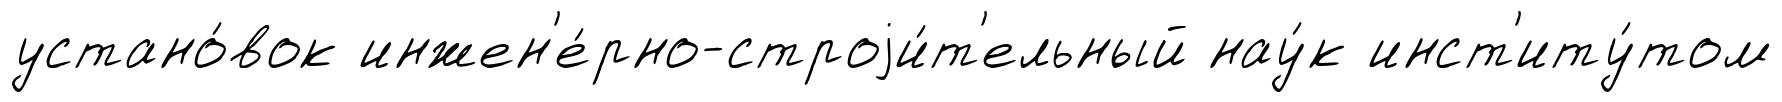
устано́вок инжен'е́рно-строjи́т'ельный нау́к инст'иту́том